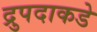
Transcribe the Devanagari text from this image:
द्रुपदाकडे